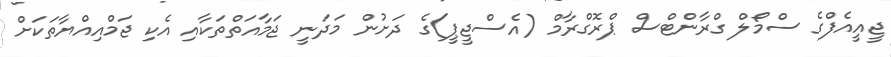
ޖީއީއެފްގެ ސްމޯލް ގްރާންޓްސް ޕްރޮގްރާމް (އެސްޖީޕީ)ގެ ދަށުން މަދަނީ ޖަމާއަތްތަކާއި އެކި ޖަމްއިއްޔާތަކަށް